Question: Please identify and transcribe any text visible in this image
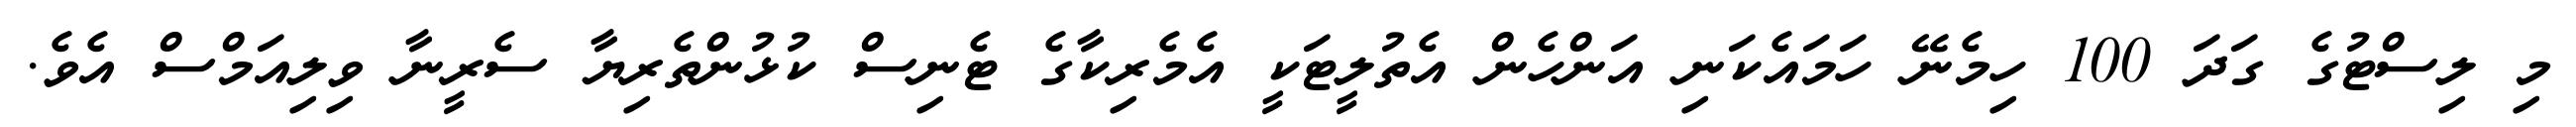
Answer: މި ލިސްޓުގެ ގަދަ 100 ހިމެނޭ ހަމައެކަނި އަންހެން އެތުލީޓަކީ އެމެރިކާގެ ޓެނިސް ކުޅުންތެރިޔާ ސެރީނާ ވިލިއަމްސް އެވެ.